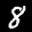
Label: 8